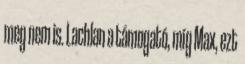
meg nem is. Lachlan a támogató, míg Max, ezt